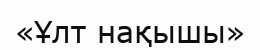
«Ұлт нақышы»